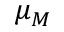
\mu _ { M }